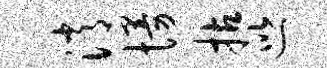
消慢拈巡